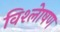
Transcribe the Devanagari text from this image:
विश्लेाषण